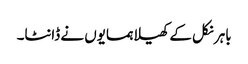
باہر نکل کے کھیلا ہمسایوں نے ڈانٹا۔